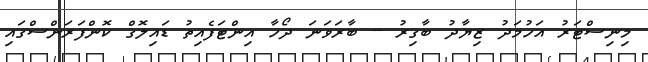
މިނިސްޓަރު އަހުމަދު ޒިޔާދު ބާގިރު -- ބާރަވަނަ ދޯހާ އިންޓަފެއިތު ޑައިލޮގް ކޮންފަރަންސްގައި